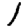
Digit: 1